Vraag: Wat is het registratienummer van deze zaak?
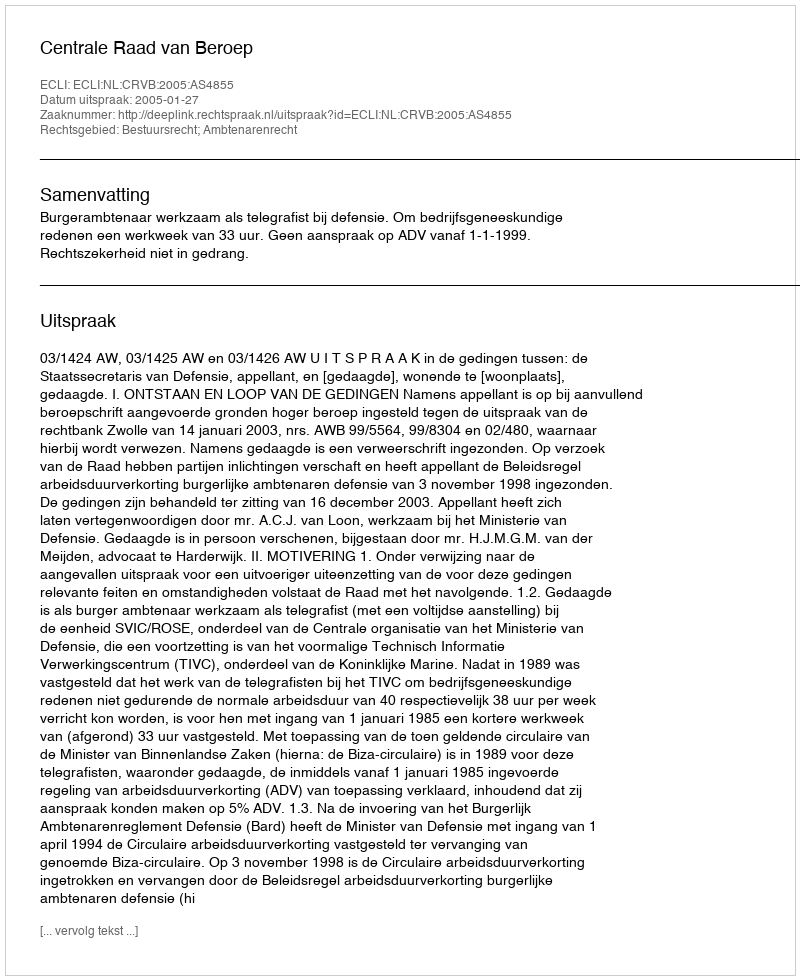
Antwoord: http://deeplink.rechtspraak.nl/uitspraak?id=ECLI:NL:CRVB:2005:AS4855